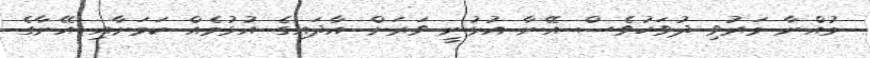
މުއްނާ މަރުވި ދުވަހުވެސް އޭނާ އުޅުނީ ވަރަށް އާދައިގެ އުޅުމެއް ކަމަށާއި އޭނާގެ